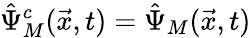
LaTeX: \hat{\Psi}_{M}^{c}(\vec{x},t)=\hat{\Psi}_{M}(\vec{x},t)